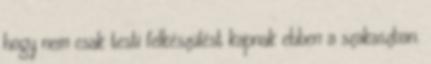
hogy nem csak testi felkészülést kapnak ebben a szakaszban.